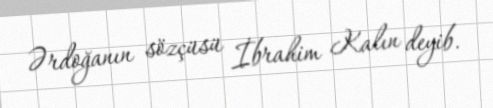
Ərdoğanın sözçüsü İbrahim Kalın deyib.